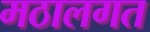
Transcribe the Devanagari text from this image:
मठालगत